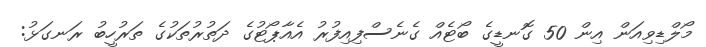
މޯލްޑިވިއަން އިން 50 ގޮނޑީގެ ބޯޓެއް ގެނެސްފިއިފުރު އެއާޕޯޓުގެ ދަތުރުތަކުގެ ތަރުހީބު ރަނގަޅު: